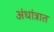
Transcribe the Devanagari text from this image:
अंधांत्रात